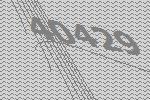
40429